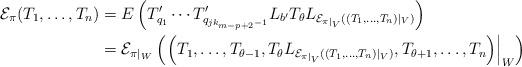
LaTeX: \begin{align*}\mathcal{E}_\pi(T_1, \ldots, T_n) &= E\left( T'_{q_1} \cdots T'_{q_{jk_{m-p+2}-1}} L_{b'} T_\theta L_{\mathcal{E}_{\pi|_{V}}((T_1, \ldots, T_n)|_{V})} \right) \\&= \mathcal{E}_{\pi|_{W}}\left(\left.\left(T_1, \ldots, T_{\theta-1}, T_\theta L_{\mathcal{E}_{\pi|_{V}}\left((T_1,\ldots, T_n)|_{V}\right)}, T_{\theta+1}, \ldots, T_n\right)\right|_{W}\right)\end{align*}